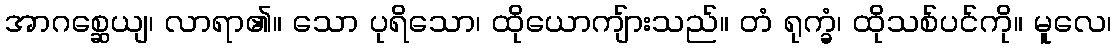
အာဂစ္ဆေယျ၊ လာရာ၏။ သော ပုရိသော၊ ထိုယောကျ်ားသည်။ တံ ရုက္ခံ၊ ထိုသစ်ပင်ကို။ မူလေ၊